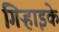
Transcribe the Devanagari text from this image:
गिऱ्हाइके